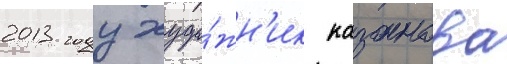
2013 году худо́жн'ик казанова